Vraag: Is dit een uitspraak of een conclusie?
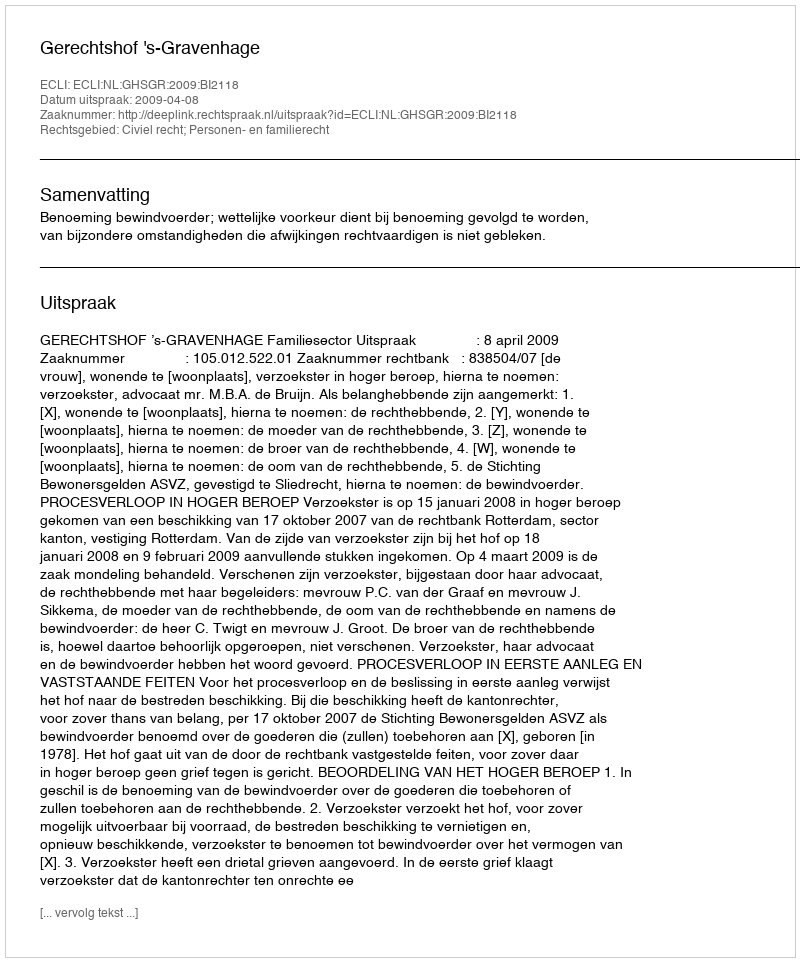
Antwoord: Uitspraak